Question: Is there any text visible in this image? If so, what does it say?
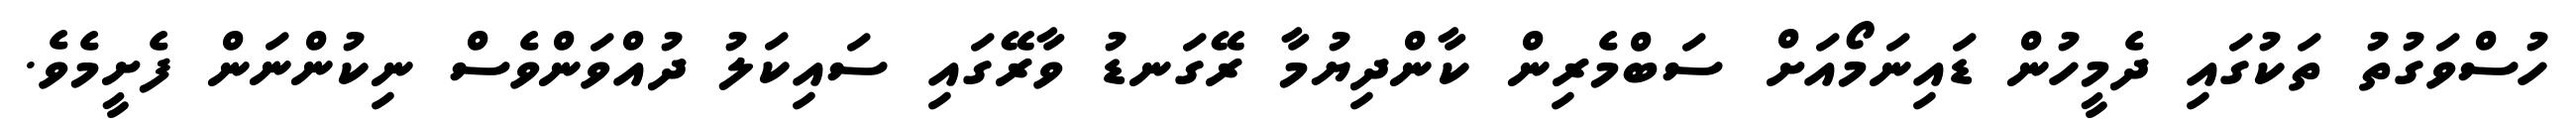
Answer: ހުސްވަގުތު ތަކުގައި ދެމީހުން ޑައިނަމޯއަށް ސަބްމެރިން ކާންދިޔުމާ ރޭގަނޑު ވާރޭގައި ސައިކަލު ދުއްވަންވެސް ނިކުންނަން ފެށީމެވެ.